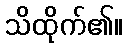
သိထိုက်၏။